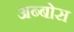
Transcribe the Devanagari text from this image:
अब्बोस